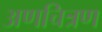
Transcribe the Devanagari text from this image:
अणचित्रण